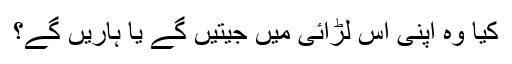
کیا وہ اپنی اس لڑائی میں جیتیں گے یا ہاریں گے؟